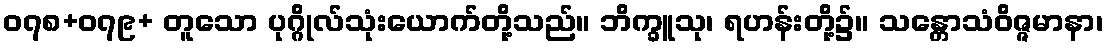
၀၇၈+၀၇၉+ တူသော ပုဂ္ဂိုလ်သုံးယောက်တို့သည်။ ဘိက္ခူသု၊ ရဟန်းတို့၌။ သန္တောသံဝိဇ္ဇမာနာ၊